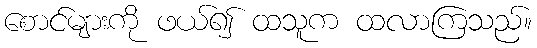
စောင်များကို ဖယ်၍ ထသူက ထလာကြသည်။